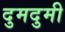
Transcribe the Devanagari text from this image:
दुमदुमी